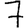
Digit: 7